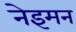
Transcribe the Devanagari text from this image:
नेइमन